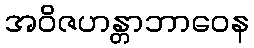
အဝိဇဟန္တာဘာဝေန